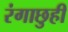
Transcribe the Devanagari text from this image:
रंगाछुही